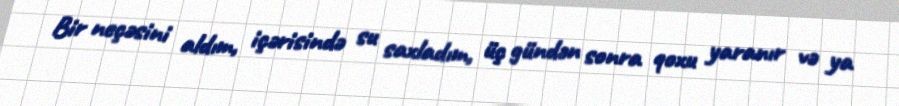
Bir neçəsini aldım, içərisində su saxladım, üç gündən sonra qoxu yaranır və ya